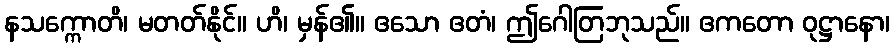
နသက္ကောတိ၊ မတတ်နိုင်။ ဟိ၊ မှန်၏။ ဧသော ဧတံ၊ ဤဂေါတြဘုသည်။ ဧကတော ဝုဋ္ဌာနော၊